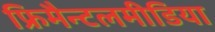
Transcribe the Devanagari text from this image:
फ्रिमैन्टलमीडिया